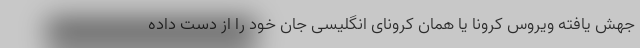
جهش یافته ویروس کرونا یا همان کرونای انگلیسی جان خود را از دست داده